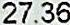
27.36